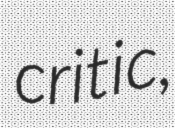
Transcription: critic,